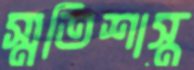
স্মৃতিশাস্ত্র